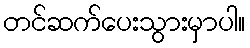
တင်ဆက်ပေးသွားမှာပါ။